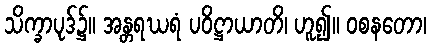
သိက္ခာပုဒ်၌။ အန္တရဃရံ ပဝိဋ္ဌာယာတိ၊ ဟူ၍။ ဝစနတော၊